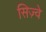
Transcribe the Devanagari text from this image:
सिज़्वे